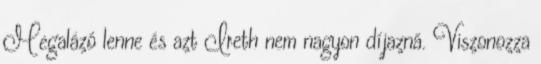
Megalázó lenne és azt Ireth nem nagyon díjazná. Viszonozza